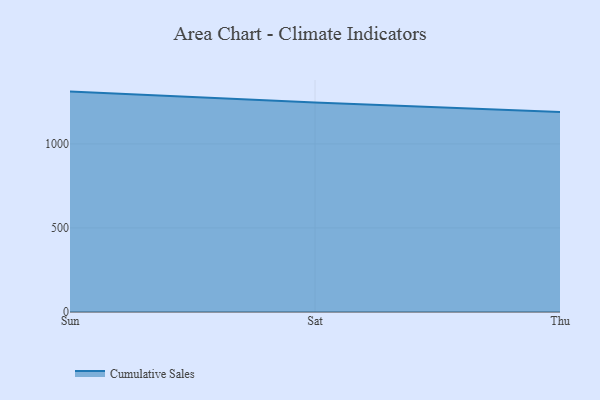
{"axis": {"x": "Day", "y": "Budget (USD K)"}, "legend": ["Cumulative Sales"], "data": [{"x": "Sun", "y": 1311.1, "type": "Cumulative Sales"}, {"x": "Sat", "y": 1245.6, "type": "Cumulative Sales"}, {"x": "Thu", "y": 1190.1, "type": "Cumulative Sales"}]}